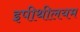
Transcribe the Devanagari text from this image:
इपीथीलयम